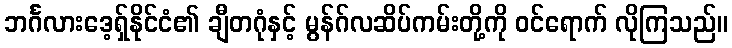
ဘင်္ဂလားဒေ့ရှ်နိုင်ငံ၏ ချီတဂုံနှင့် မွန်ဂ်လဆိပ်ကမ်းတို့ကို ဝင်ရောက် လိုကြသည်။